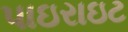
પાઇરાઇટ